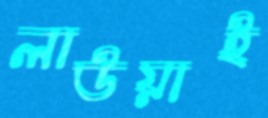
লাউয়াই